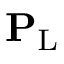
\mathbf { P } _ { \mathrm { L } }